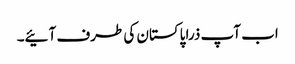
اب آپ ذرا پاکستان کی طرف آئیے۔